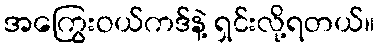
အကြွေးဝယ်ကဒ်နဲ့ ရှင်းလို့ရတယ်။